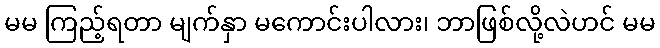
မမ ကြည့်ရတာ မျက်နှာ မကောင်းပါလား၊ ဘာဖြစ်လို့လဲဟင် မမ